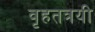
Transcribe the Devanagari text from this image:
वृहतत्रयी